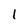
Character: 1